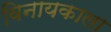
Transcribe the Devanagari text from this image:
विनायकाला